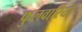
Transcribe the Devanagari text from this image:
फुलवारियाँ